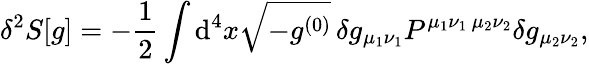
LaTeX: \delta^{2}S[g]=-\frac 12\int\mathrm{d}^{4}x\sqrt{-g^{(0)}}\, \delta g_{\mu_{1}\nu_{1}}P^{\mu_{1}\nu_{1}\, \mu_{2}\nu_{2}}\delta g_{\mu_{2}\nu_{2}},